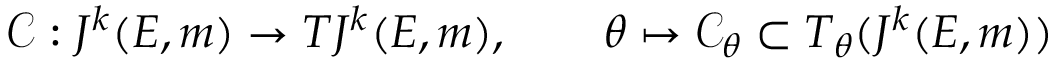
{ \mathcal { C } } : J ^ { k } ( E , m ) \rightarrow T J ^ { k } ( E , m ) , \qquad \theta \mapsto { \mathcal { C } } _ { \theta } \subset T _ { \theta } ( J ^ { k } ( E , m ) )